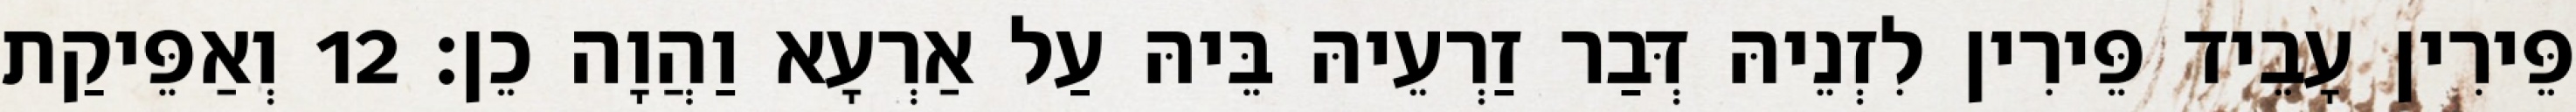
פֵּירִין עָבֵיד פֵּירִין לִזְנֵיהּ דְּבַר זַרְעֵיהּ בֵּיהּ עַל אַרְעָא וַהֲוָה כֵן׃ 12 וְאַפֵּיקַת